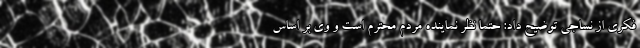
فکری از نساجی توضیح داد: حتما نظر نماینده مردم محترم است و وی بر اساس